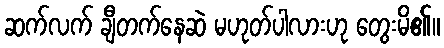
ဆက်လက် ချီတက်နေဆဲ မဟုတ်ပါလားဟု တွေးမိ၏။